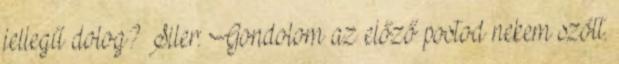
jellegű dolog? Siler: Gondolom az előző postod nekem szólt.